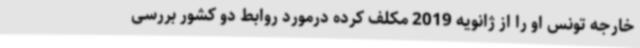
خارجه تونس او را از ژانویه 2019 مکلف کرده درمورد روابط دو کشور بررسی